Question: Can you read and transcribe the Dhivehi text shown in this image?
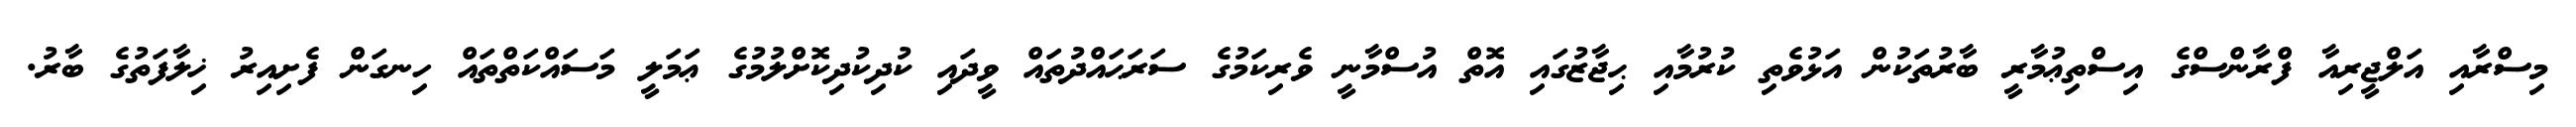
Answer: މިސްރާއި އަލްޖީރިއާ ފްރާންސްގެ އިސްތިޢުމާރީ ބާރުތަކުން އަޅުވެތި ކުރުމާއި ޙިޖާޒުގައި އޮތް އުސްމާނީ ވެރިކަމުގެ ސަރަޙައްދުތައް ވީދައި ކުދިކުދިކޮށްލުމުގެ ޢަމަލީ މަސައްކަތްތައް ހިނގަން ފެށިއިރު ޚިލާފަތުގެ ބާރު.